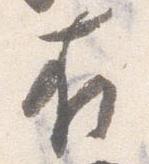
在